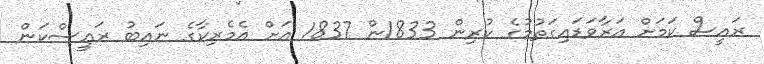
ރައީސް ކަމަށް އަރާވަޑައިގަތުމުގެ ކުރިން 1833ން 1837 އަށް އެމެރިކާގެ ނައިބު ރައީސްކަން